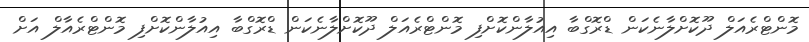
މޮންޓްރެއަލް ދޫކޮށްލާނެކަން ޑްރޮގްބާ އިއުލާންކޮށްފި މޮންޓްރެއަލް ދޫކޮށްލާނެކަން ޑްރޮގްބާ އިއުލާންކޮށްފި މޮންޓްރެއާލް އަށް